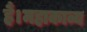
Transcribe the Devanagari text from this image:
हैं।महाकाव्य